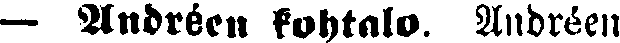
— Andréen kohtalo. Andréen